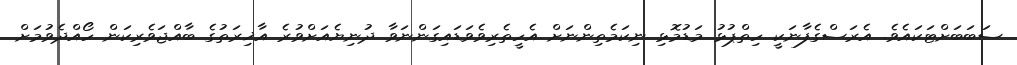
ސަބަބަށްޓަކައެވެ. އެރަސްގެފާނަކީ ހިތްޕުޅު މަޑުމޮޅި ނިކަމެތިންނަށް އެހީތެރިވެވަޑައިގަންނަވާ ދުނިޔެއަށްވުރެ އާޚިރަތުގެ ބާއްޖަވެރިކަން ހޯއްދެވުމަށް